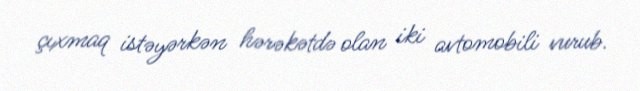
çıxmaq istəyərkən hərəkətdə olan iki avtomobili vurub.